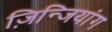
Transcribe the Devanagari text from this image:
ज़िन्जियांग